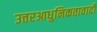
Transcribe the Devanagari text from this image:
उत्तरआधुनिकतावादी